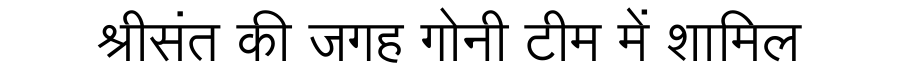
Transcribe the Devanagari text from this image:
श्रीसंत की जगह गोनी टीम में शामिल